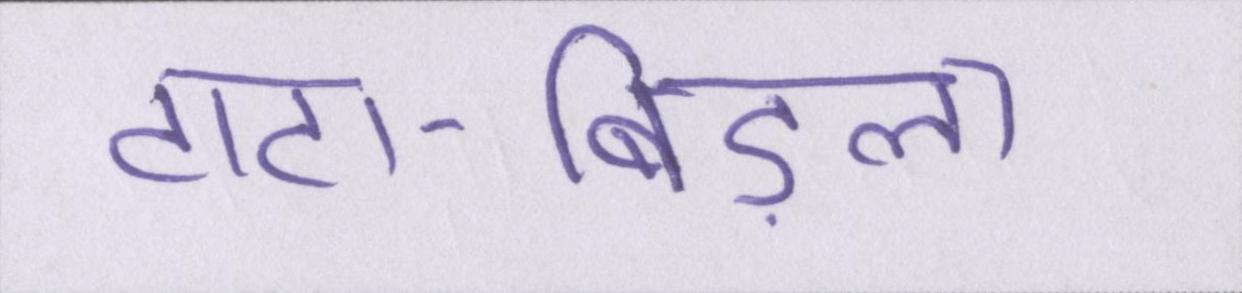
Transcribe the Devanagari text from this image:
टाटा-बिड़ला